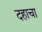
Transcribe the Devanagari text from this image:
दहाचा